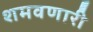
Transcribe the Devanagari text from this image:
शमवणारी